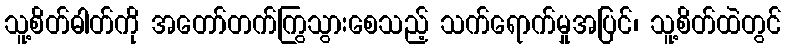
သူ့စိတ်ဓါတ်ကို အတော်တက်ကြွသွားစေသည့် သက်ရောက်မှုအပြင်၊ သူ့စိတ်ထဲတွင်